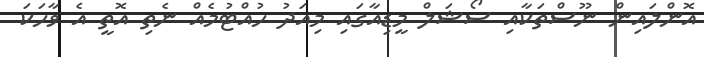
އޮންލައިން ނޫސްތަކާއި ސޯޝަލް މީޑިއާގައި މިއަދު ހުއްޓުމެއް ނެތި އޮތީ އެ ވާހަކަ